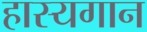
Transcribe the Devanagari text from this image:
हास्यगान